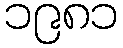
၁၉၈၁